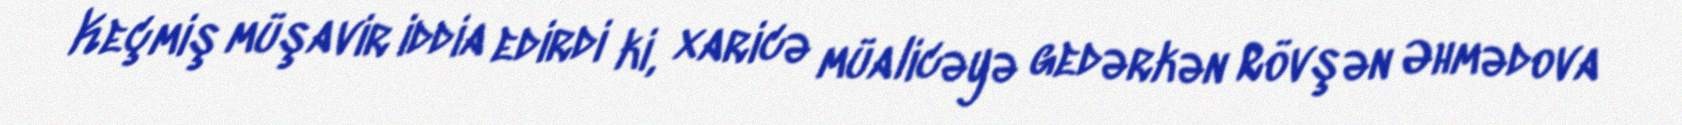
Keçmiş müşavir iddia edirdi ki, xaricə müalicəyə gedərkən Rövşən Əhmədova